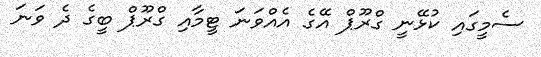
ސެމީގައި ކުޅޭނީ ގްރޫޕް އޭގެ އެއްވަނަ ޓީމާއި ގްރޫޕް ބީގެ ދެ ވަނަ